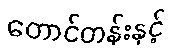
တောင်တန်းနှင့်